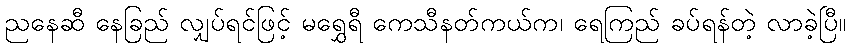
ညနေဆီ နေခြည် လျှပ်ရင်ဖြင့် မရွှေရီ ကေသီနတ်ကယ်က၊ ရေကြည် ခပ်ရန်တဲ့ လာခဲ့ပြီ။